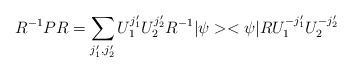
\begin{align*}R^{-1}PR=\sum_{j'_1,j'_2}U_1^{j'_1}U_2^{j'_2}R^{-1}|\psi><\psi|R U_1^{-j'_1}U_2^{-j'_2}\end{align*}